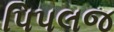
પિપલજ